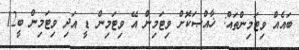
ބައެއް ވިޓަމިންތައް: ޚާއްޞަކޮށް ވިޓަމިން އޭ ވިޓަމިން ޑީ އަދި ވިޓަމިން ބީ12